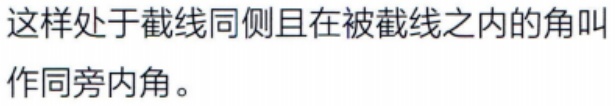
这样处于截线同侧且在被截线之内的角叫作同旁内角。